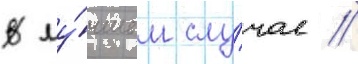
В лу́чшем слу́чае /